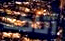
أتاكد